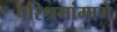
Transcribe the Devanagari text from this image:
परिश्रमांमागे